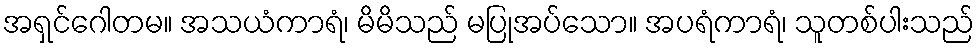
အရှင်ဂေါတမ။ အသယံကာရံ၊ မိမိသည် မပြုအပ်သော။ အပရံကာရံ၊ သူတစ်ပါးသည်